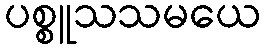
ပစ္စူသသမယေ